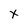
Character: X